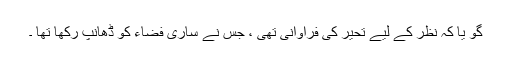
گو یا کہ نظر کے لیے تحیر کی فراوانی تھی ، جس نے ساری فضاء کو ڈھانپ رکھا تھا ۔